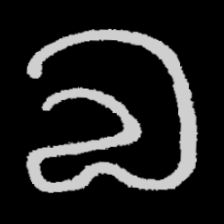
Pyu character \u2014 Myanmar letter: လ (romanized: la)